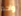
واحد